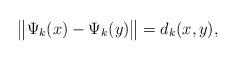
LaTeX: \begin{align*}\big\| \Psi_k(x)-\Psi_k(y)\big\|= d_k(x,y),\end{align*}